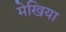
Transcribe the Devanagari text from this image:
मेखिया